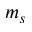
m _ { s }